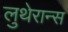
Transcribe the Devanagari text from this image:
लुथेरान्स